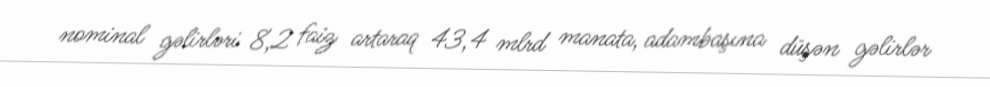
nominal gəlirləri 8,2 faiz artaraq 43,4 mlrd manata, adambaşına düşən gəlirlər